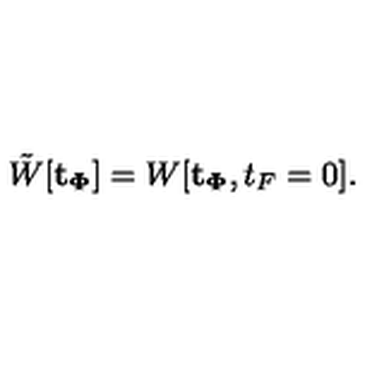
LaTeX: \tilde { W } [ { \bf t _ { \Phi } } ] = W [ { \bf t _ { \Phi } } , t _ { F } = 0 ] .